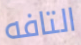
التافه